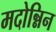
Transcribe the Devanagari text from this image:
मदोन्निन